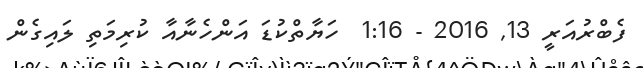
ފެބްރުއަރީ 13